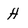
Character: H